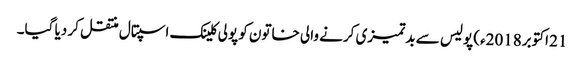
21 اکتوبر2018ء) پولیس سے بدتمیزی کرنے والی خاتون کو پولی کلینک اسپتال منتقل کر دیا گیا۔